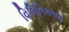
વિલિનિકરણ